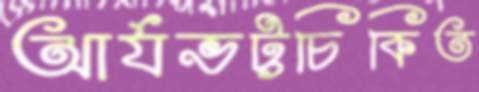
আর্যভট্টচিকিত